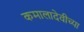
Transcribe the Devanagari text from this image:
कमालादेवीच्या